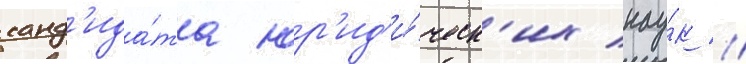
канд'ида́та юр'ид'и́ческ'их нау́к //